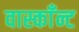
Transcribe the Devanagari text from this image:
वास्काँन्ट